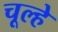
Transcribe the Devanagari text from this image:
चूल्‍हे